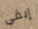
إبقي